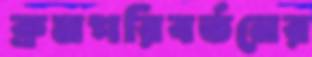
ক্রমপরিবর্তনের